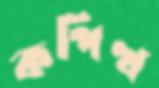
কপিত্থ